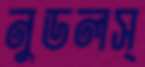
নুডলস্